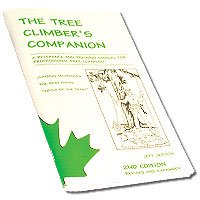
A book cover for The Tree Climber's Companion: A Reference And Training Manual For Professional Tree Climbers; Jeff Jepson; Science & Math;